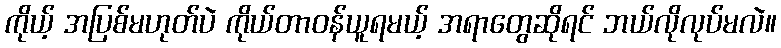
ကိုယ့် အပြစ်မဟုတ်ပဲ ကိုယ်တာဝန်ယူရမယ့် အရာတွေဆိုရင် ဘယ်လိုလုပ်မလဲ။